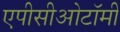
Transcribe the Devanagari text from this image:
एपीसीओटॉमी